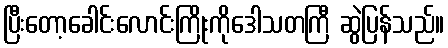
ပြီးတော့ခေါင်းလောင်းကြိုးကိုဒေါသတကြီ ဆွဲပြန်သည်။